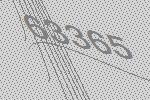
63365